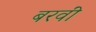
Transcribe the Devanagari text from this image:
बरवीं